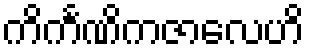
ကိင်္ကဏိကဇာလေဟိ